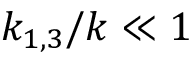
k _ { 1 , 3 } / k \ll 1